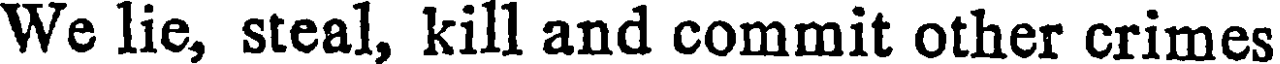
We lie, steal, kill and commit other crimes